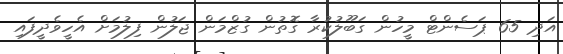
އަދި 65 ޕަސެންޓް މީހުން ގަބޫލުކުރާ ގޮތުން ގުޒްމަން ޖަލުން ފިލުމަށް އެހީވެދީފައި